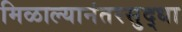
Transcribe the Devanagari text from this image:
मिळाल्यानंतरसुद्धा